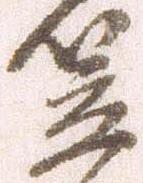
笠